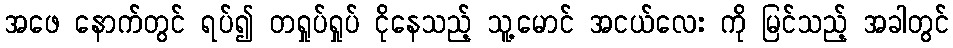
အဖေ နောက်တွင် ရပ်၍ တရှုပ်ရှုပ် ငိုနေသည့် သူ့မောင် အငယ်လေး ကို မြင်သည့် အခါတွင်